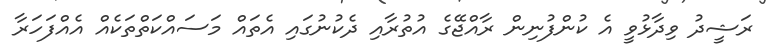
ރަޝީދު ވިދާޅުވީ އެ ކުންފުނިން ރާއްޖޭގެ އުތުރާއި ދެކުނުގައި އެތައް މަސައްކަތްތަކެއް އެއްފަހަރާ